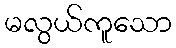
မလွယ်ကူသော